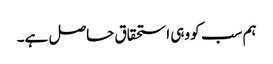
ہم سب کو وہی استحقاق حاصل ہے۔